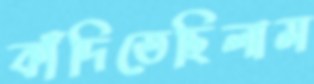
কাঁদিতেছিলাম